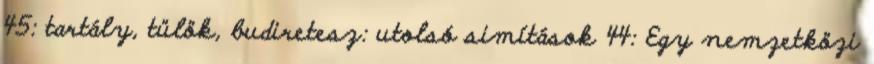
45: tartály, tülök, budiretesz: utolsó simítások 44: Egy nemzetközi